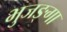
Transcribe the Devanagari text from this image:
भुजङ्गा